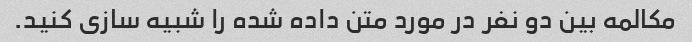
مکالمه بین دو نفر در مورد متن داده شده را شبیه سازی کنید.